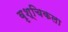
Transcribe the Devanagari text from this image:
वृश्‍चिकला